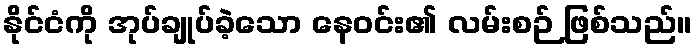
နိုင်ငံကို အုပ်ချုပ်ခဲ့သော နေဝင်း၏ လမ်းစဉ် ဖြစ်သည်။